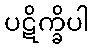
ပဋိက္ခိပါ